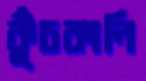
কুঁচকানি